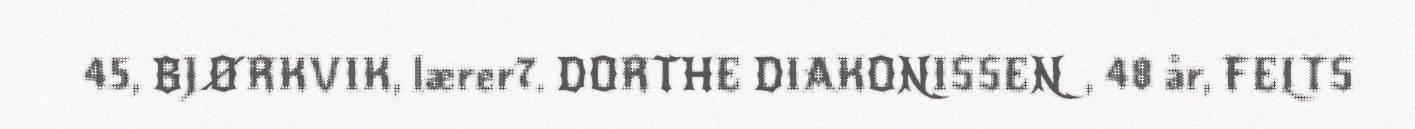
45, BJØRKVIK, lærer7. DORTHE DIAKONISSEN, 48 år, FELTS